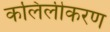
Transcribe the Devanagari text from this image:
कलिलीकरण